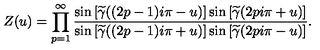
Z ( u ) = \prod _ { p = 1 } ^ { \infty } \frac { \sin \left[ \widetilde { \gamma } ( ( 2 p - 1 ) i \pi - u ) \right] \sin \left[ \widetilde { \gamma } ( 2 p i \pi + u ) \right] } { \sin \left[ \widetilde { \gamma } ( ( 2 p - 1 ) i \pi + u ) \right] \sin \left[ \widetilde { \gamma } ( 2 p i \pi - u ) \right] } .